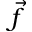
\vec { f }